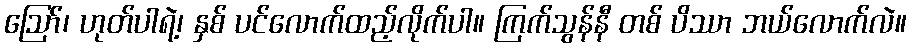
ဪ၊ ဟုတ်ပါရဲ့၊ နှစ် ပင်လောက်ထည့်လိုက်ပါ။ ကြက်သွန်နီ တစ် ပိဿာ ဘယ်လောက်လဲ။